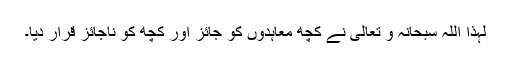
لہٰذا اللہ سبحانہ و تعالیٰ نے کچھ معاہدوں کو جائز اور کچھ کو ناجائز قرار دیا۔